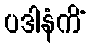
ပဒါနံကိံ